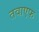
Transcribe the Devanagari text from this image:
तवाएफ